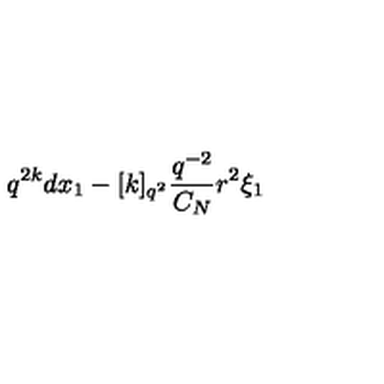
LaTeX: q ^ { 2 k } d x _ { 1 } - [ k ] _ { q ^ { 2 } } \frac { q ^ { - 2 } } { C _ { N } } r ^ { 2 } \xi _ { 1 }